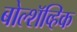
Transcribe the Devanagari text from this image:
बोल्शॅव्हिक